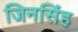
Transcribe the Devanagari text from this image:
जिनसिंह